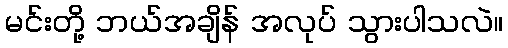
မင်းတို့ ဘယ်အချိန် အလုပ် သွားပါသလဲ။